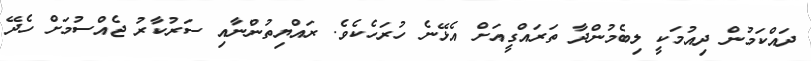
ދައްކަމުން ދިއުމަކީ ލިބެމުންދާ ތަރައްގީއަށް އެޅޭނެ ހުރަހެކެވެ. ރައްޔިތުންނާއި ސަރުކާރު ޖެއްސުމަށް ހެދޭ